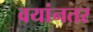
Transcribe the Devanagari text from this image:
वयांनतर